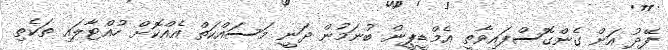
ފޭދު އަށް ގެންގޮސްފައިވާތީ އެމްޑީޕީން ބުނަމުން ދަނީ މަސައްކަތް އެއްކޮށް ހުއްޓާލައި ތަކެތި